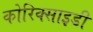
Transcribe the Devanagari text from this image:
कोरिक्साइडी